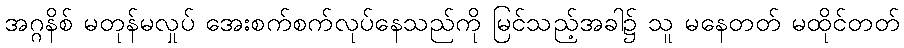
အဂ္ဂနိစ် မတုန်မလှုပ် အေးစက်စက်လုပ်နေသည်ကို မြင်သည့်အခါ၌ သူ မနေတတ် မထိုင်တတ်